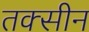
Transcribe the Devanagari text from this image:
तक्सीन